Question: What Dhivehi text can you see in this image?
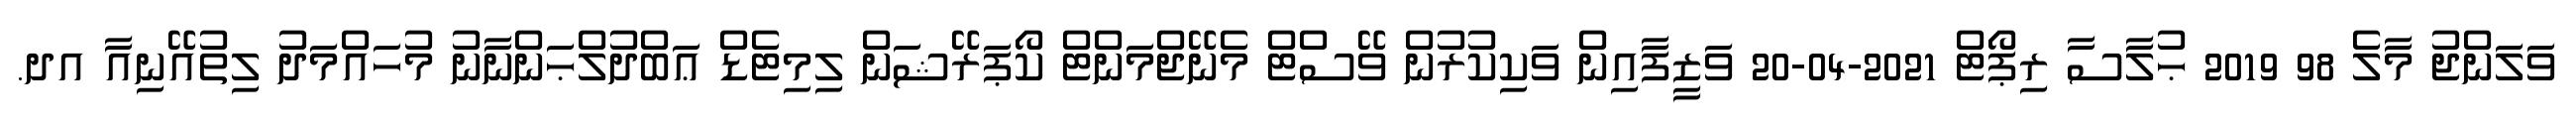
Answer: ވަލަންޖު މާލެ 98 2019 ޙުލާސާ ރިޕޯޓް 2021-04-20 ވަޒީފާއިން ވަކިކުރުން ވޭސްޓް މެނޭޖްމަންޓް ކޯޕަރޭޝަން ލިމިޓެޑް ޢަބްދުލްޙަންނާނު މުހައްމަދު ލިތުއޭނިއާ އދ.